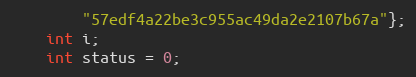
Language: C++
        "57edf4a22be3c955ac49da2e2107b67a"};
    int i;
    int status = 0;